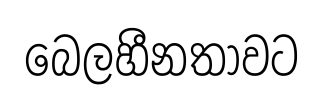
බෙලහීනතාවට